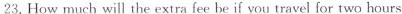
23. How much will the extra fee be if you travel for two hours